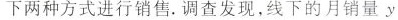
下两种方式进行销售.调查发现，线下的月销量y